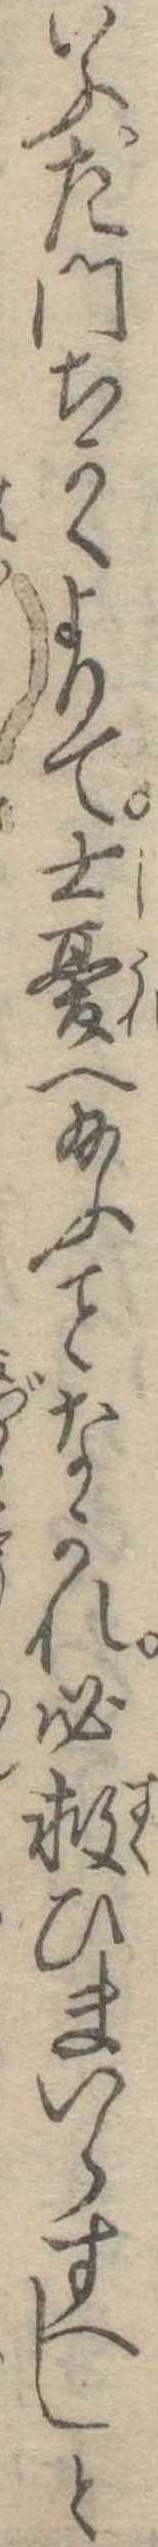
いふ左門ちかくよりて士憂へ給ふなかれ必救ひまいらすへしと